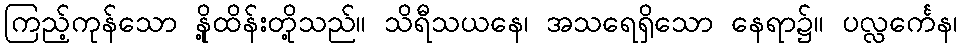
ကြည့်ကုန်သော နို့ထိန်းတို့သည်။ သိရီသယနေ၊ အသရေရှိသော နေရာ၌။ ပလ္လင်္ကေန၊